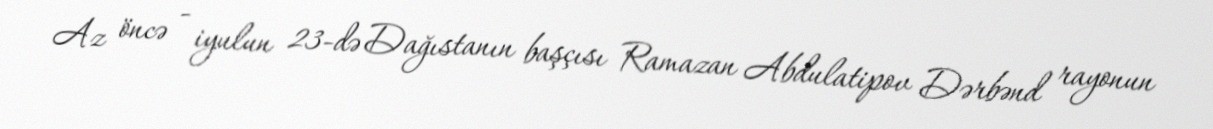
Az öncə - iyulun 23-də Dağıstanın başçısı Ramazan Abdulatipov Dərbənd rayonun